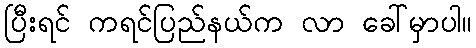
ပြီးရင် ကရင်ပြည်နယ်က လာ ခေါ်မှာပါ။